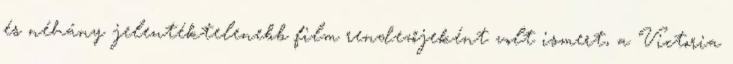
és néhány jelentéktelenebb film rendezőjeként volt ismert, a Victoria